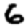
Digit: 6